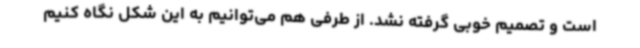
است و تصمیم خوبی گرفته نشد. از طرفی هم می‌توانیم به این شکل نگاه کنیم